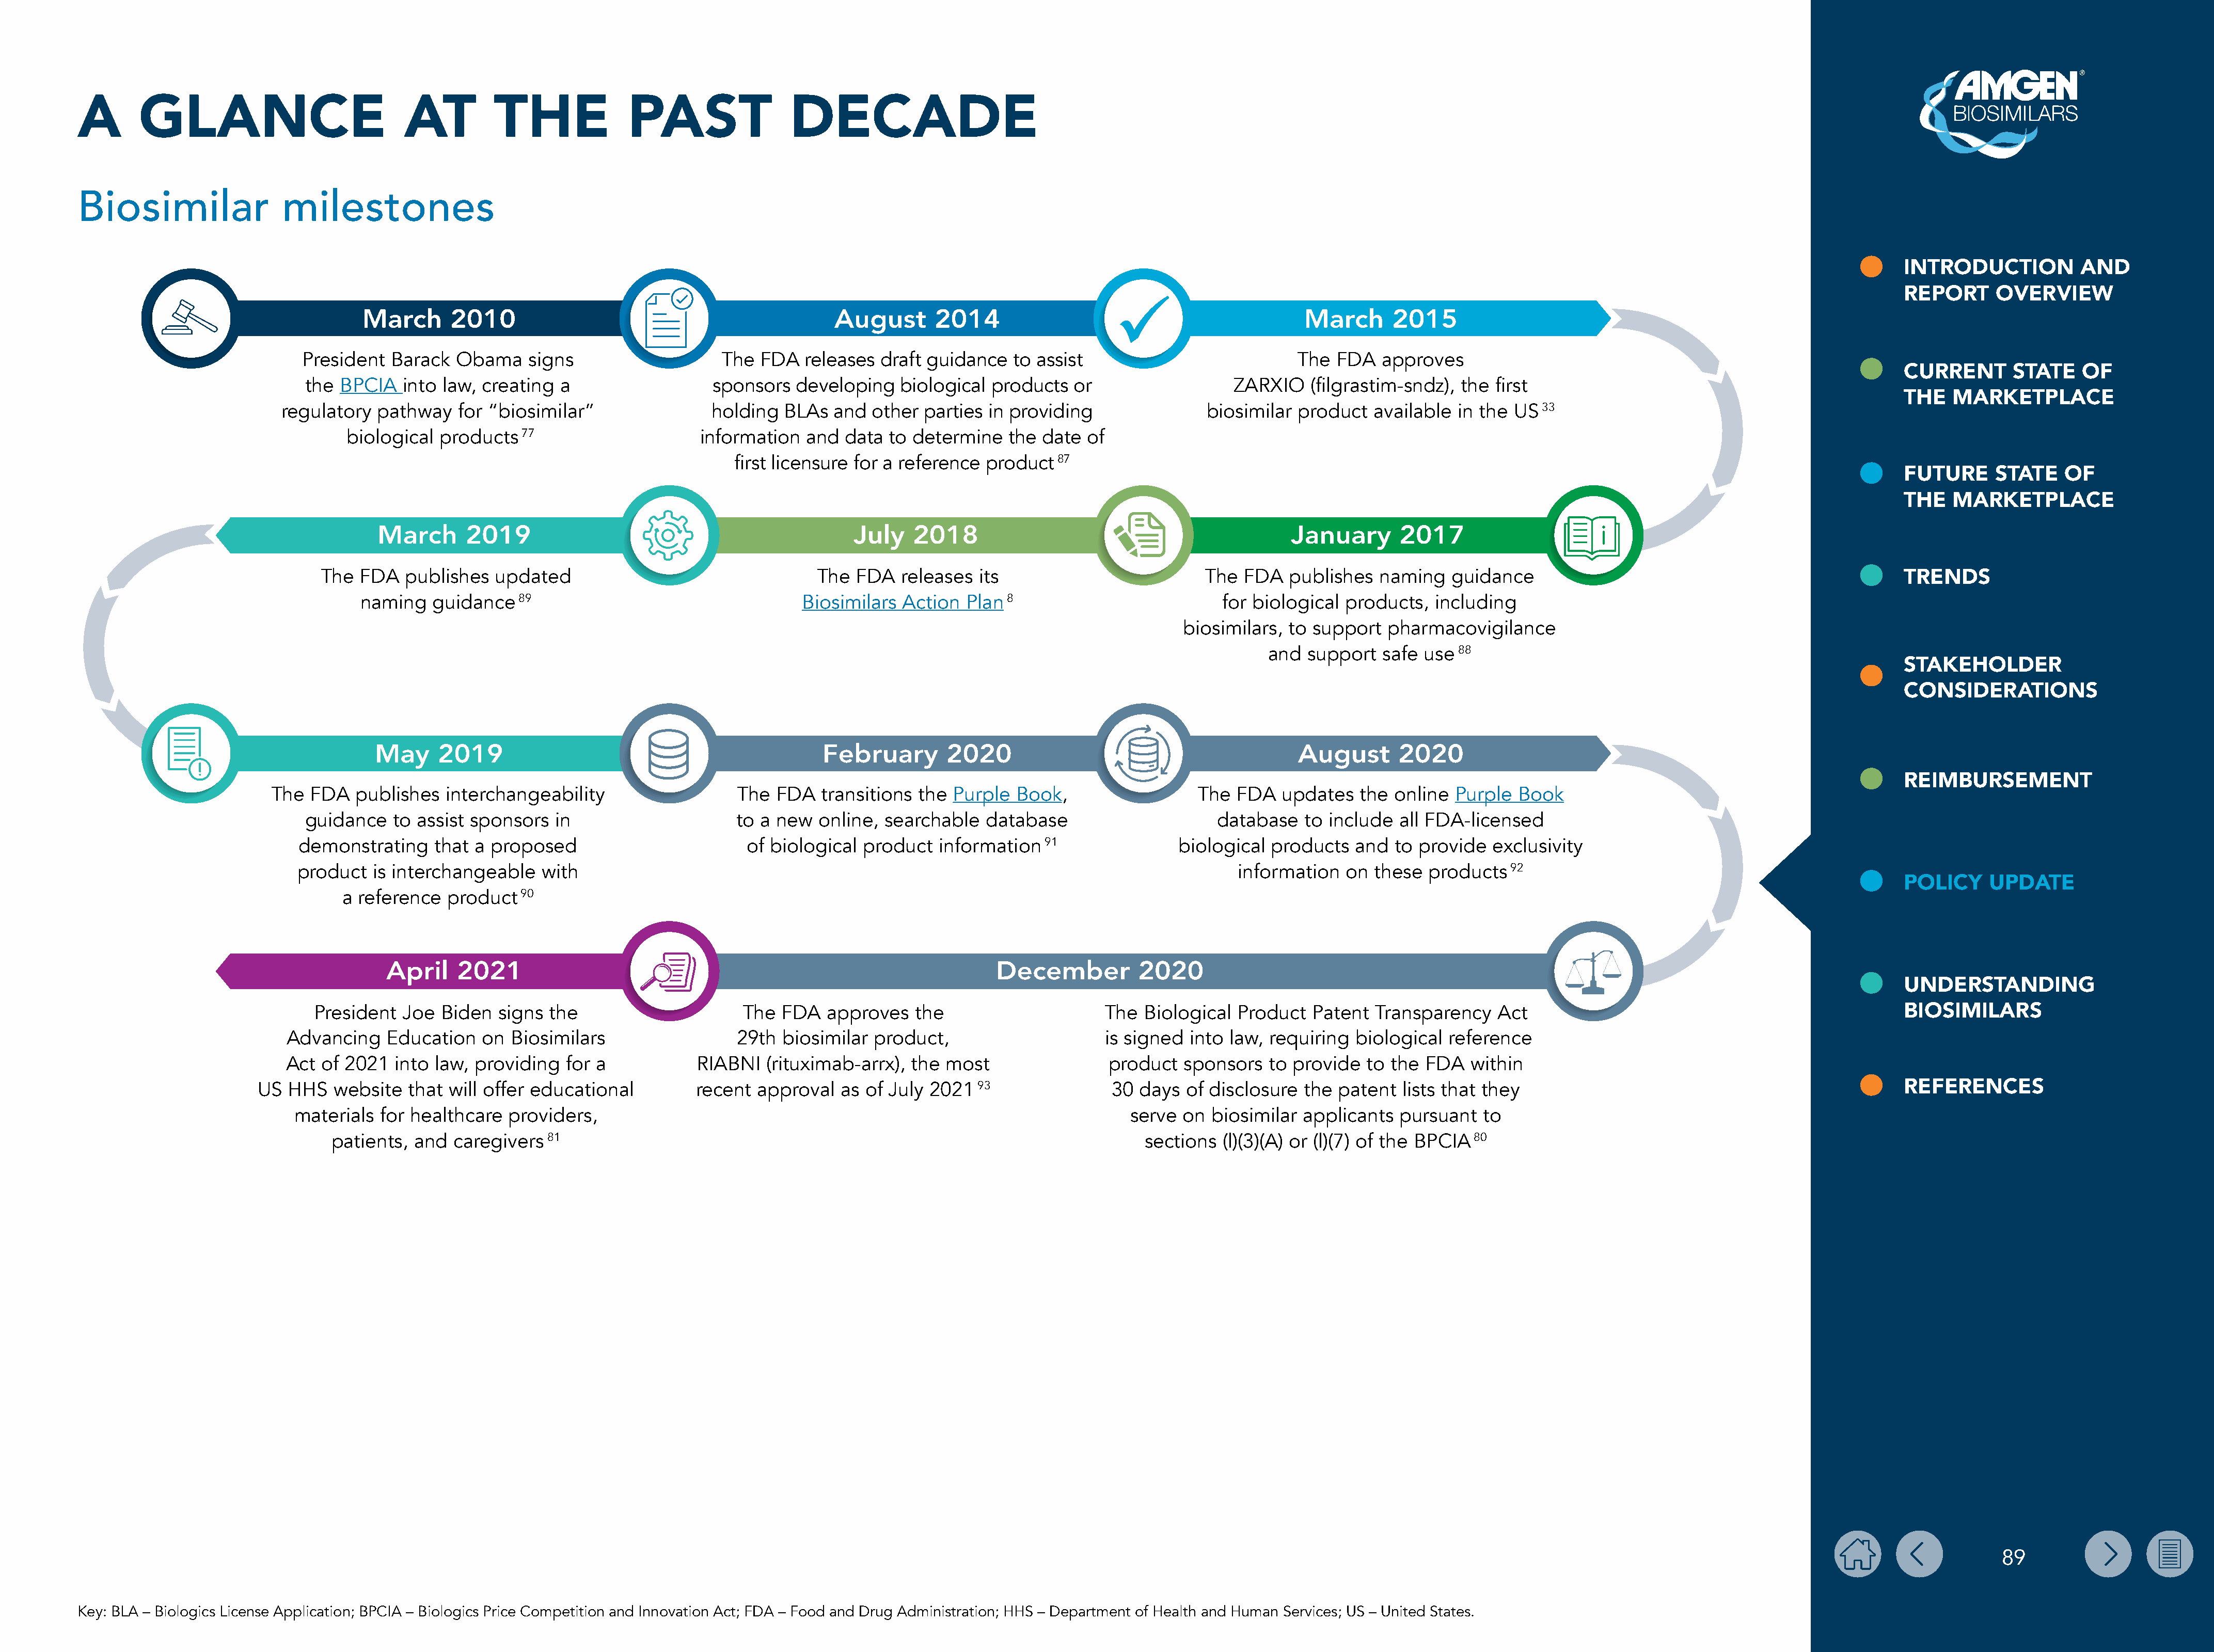
A       GLANCE                            AT         THE              PAST                 DECADE
 Biosimilar                milestones
 INTRODUCTION           AND
 REPORT      OVERVIEW
 March       2010                                             August       2014                                           March      2015
 President  Barack  Obama     signs                    The FDA   releases  draft guidance   to assist                           The  FDA   approves
 CURRENT       STATE    OF
 the  BPCIA   into law, creating  a                  sponsors   developing   biological  products   or                  ZARXIO    (filgrastim-sndz), the  first
 THE   MARKETPLACE
 regulatory  pathway    for “biosimilar”                holding   BLAs  and  other parties  in providing                biosimilar product   available  in the US  33
 biological  products   77                     information  and  data  to determine   the  date of
 first licensure for a reference product   87
 FUTURE      STATE    OF
 THE   MARKETPLACE
 March       2019                                             July    2018                                            January       2017
 The  FDA   publishes   updated                                  The  FDA   releases  its                         The   FDA  publishes   naming   guidance
 TRENDS
 naming   guidance    89                                  Biosimilars  Action  Plan 8                           for biological products,   including
 biosimilars, to support   pharmacovigilance
 and  support  safe  use 88
 STAKEHOLDER
 CONSIDERATIONS
 May     2019                                             February        2020                                         August       2020
 REIMBURSEMENT
 The  FDA   publishes  interchangeability                   The   FDA  transitions  the Purple  Book,                   The  FDA  updates   the  online  Purple  Book
 guidance   to  assist sponsors  in                     to  a new  online, searchable   database                      database   to include  all FDA-licensed
 demonstrating     that a proposed                         of biological  product  information   91               biological  products   and  to provide  exclusivity
 product   is interchangeable   with                                                                                      information   on these  products   92
 POLICY     UPDATE
 a reference  product   90
 April    2021                                                                 December          2020
 UNDERSTANDING
 President   Joe  Biden  signs the                      The  FDA   approves   the                      The  Biological  Product  Patent  Transparency    Act                                                 BIOSIMILARS
 Advancing    Education   on Biosimilars                  29th  biosimilar  product,                      is signed  into law, requiring  biological  reference
 Act of 2021   into law, providing   for a           RIABNI   (rituximab-arrx),  the most                 product   sponsors   to provide  to the  FDA   within
 US  HHS   website  that  will offer educational         recent  approval   as of July 2021  93                30 days  of disclosure  the  patent  lists that they                                                 REFERENCES
 materials  for healthcare  providers,                                                                      serve  on biosimilar  applicants  pursuant   to
 patients, and  caregivers  81                                                                           sections  (l)(3)(A) or (l)(7) of the BPCIA 80
 89
 Key: BLA – Biologics License Application; BPCIA – Biologics Price Competition and Innovation Act; FDA – Food and Drug Administration; HHS – Department of Health and Human Services; US – United States.